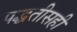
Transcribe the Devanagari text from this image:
पद्धतीसही